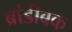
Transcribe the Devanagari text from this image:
ब्रांडीबक